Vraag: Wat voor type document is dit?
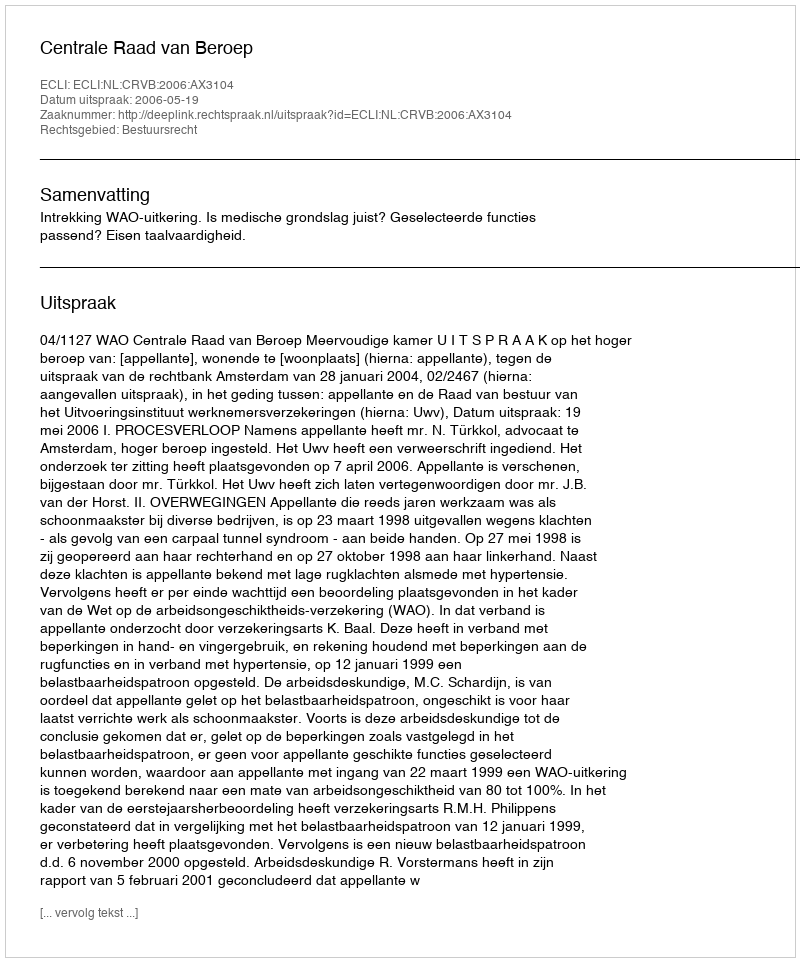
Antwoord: Uitspraak